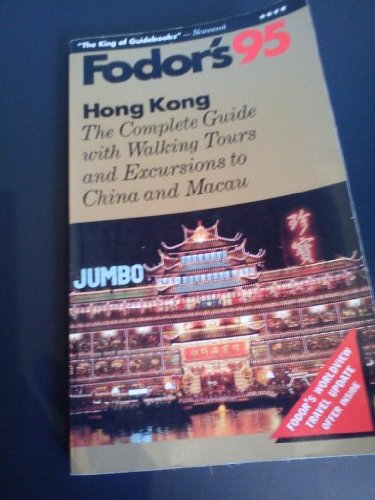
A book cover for Hong Kong '95: The Complete Guide with Walking Tours and Excursions to China and Macau (Fodor's Hong Kong); Fodor's; Travel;